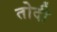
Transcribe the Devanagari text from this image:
तोदी